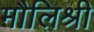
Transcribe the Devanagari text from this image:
मौलिश्री